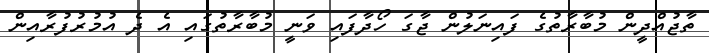
ތާޖުއްދީން މުބާރާތުގެ ފައިނަލުން ޖާގަ ހޯދާފައި ވަނީ މުބާރާތުގައި އެ ދެ އުމުރުފުރާއިން